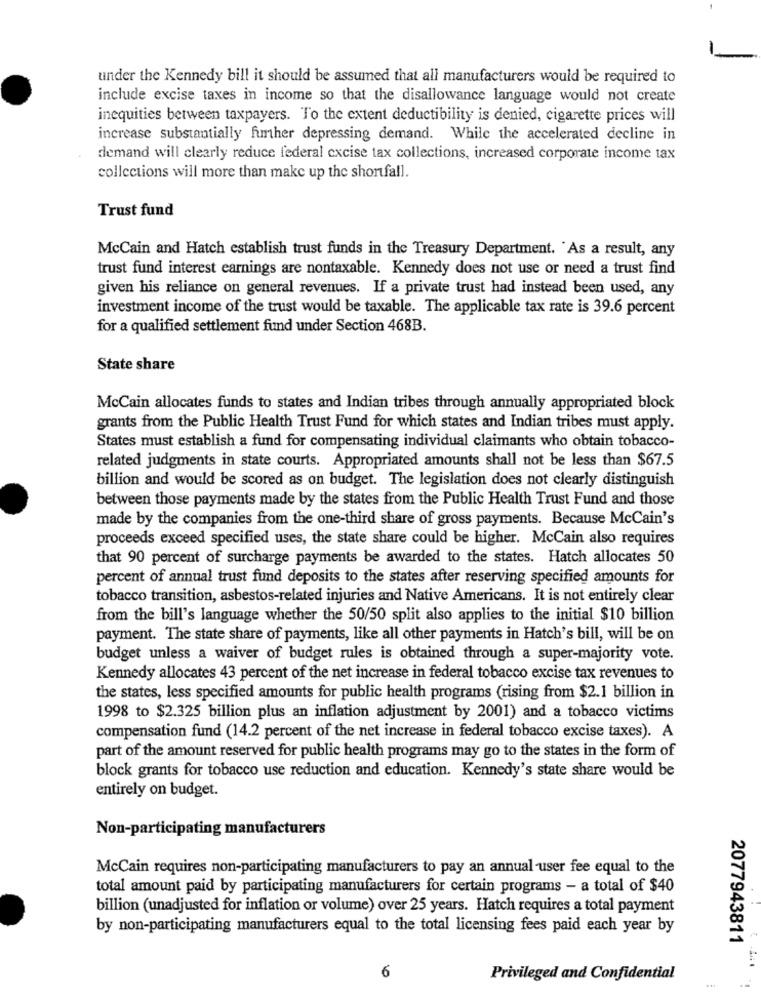
under the Kennedy bill it should be assumed that all manufacturers would be required to
include excise taxes in income so that the disallowance language would not create
inequities between taxpayers. To the extent deductibility is denied, cigarette prices will
increase substantially further depressing demand. While the accelerated decline in
demand will clearly reduce federal excise tax collections, increased corporate income tax
collections will more than make up the shortfall.
Trust fund
McCain and Hatch establish trust funds in the Treasury Department. "As a result, any
trust fund interest earnings are nontaxable. Kennedy does not use or need a trust find
given his reliance on general revenues. If a private trust had instead been used, any
investment income of the trust would be taxable. The applicable tax rate is 39.6 percent
for a qualified settlement fund under Section 468B.
State share
McCain allocates funds to states and Indian tribes through annually appropriated block
grants from the Public Health Trust Fund for which states and Indian tribes must apply.
States must establish a fund for compensating individual claimants who obtain tobacco-
related judgments in state courts. Appropriated amounts shall not be less than $67.5
billion and would be scored as on budget. The legislation does not clearly distinguish
between those payments made by the states from the Public Health Trust Fund and those
made by the companies from the one-third share of gross payments. Because McCain's
proceeds exceed specified uses, the state share could be higher. McCain also requires
that 90 percent of surcharge payments be awarded to the states. Hatch allocates 50
percent of annual trust fund deposits to the states after reserving specified amounts for
tobacco transition, asbestos-related injuries and Native Americans. It is not entirely clear
from the bill's language whether the 50/50 split also applies to the initial $10 billion
payment. The state share of payments, like all other payments in Hatch's bill, will be on
budget unless a waiver of budget rules is obtained through a super-majority vote.
Kennedy allocates 43 percent of the net increase in federal tobacco excise tax revenues to
the states, less specified amounts for public health programs (rising from $2.1 billion in
1998 to $2.325 billion plus an inflation adjustment by 2001) and a tobacco victims
compensation fund (14.2 percent of the net increase in federal tobacco excise taxes). A
part of the amount reserved for public health programs may go to the states in the form of
block grants for tobacco use reduction and education. Kennedy's state share would be
entirely on budget.
Non-participating manufacturers
McCain requires non-participating manufacturers to pay an annual -user fee equal to the
total amount paid by participating manufacturers for certain programs - a total of $40
billion (unadjusted for inflation or volume) over 25 years. Hatch requires a total payment
by non-participating manufacturers equal to the total licensing fees paid each year by
2077943811
6
Privileged and Confidential